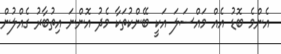
އެންމެ ބޮޑު އެއް މައްސަލަ އަކީ ބޭންކުތަކާ މެދު އޮންނަ އިތުބާރު ގެއްލުން